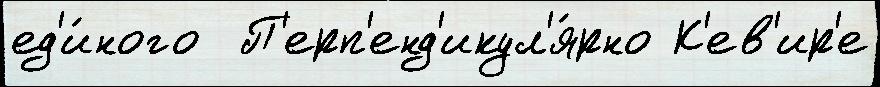
ед'и́ного  П'ерп'енд'икул'я́рно К'ев'ир'е